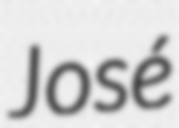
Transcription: José